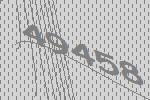
49458